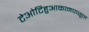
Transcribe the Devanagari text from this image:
टेओटिहुआकानपासून